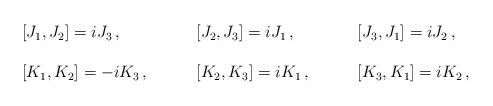
\begin{align*}\begin{array}{lll}{}[J_{1},J_{2}]=iJ_{3}\,,~~~&~~~{}[J_{2},J_{3}]=iJ_{1}\,,~~~&~~~{}[J_{3},J_{1}]=iJ_{2}\,,\\{}&{}&{}\\ {}[K_{1},K_{2}]=-iK_{3}\,,~~~&~~~{}[K_{2},K_{3}]=iK_{1}\,,~~~&~~~{}[K_{3},K_{1}]=iK_{2}\,,\end{array}\end{align*}